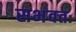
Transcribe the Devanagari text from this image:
सभंवतः